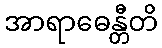
အာရာဓေန္တီတိ